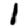
Digit: 1